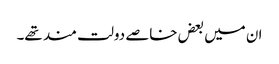
ان میں بعض خاصے دولت مند تھے۔